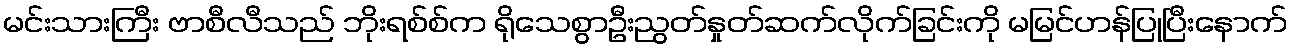
မင်းသားကြီး ဗာစီလီသည် ဘိုးရစ်စ်က ရိုသေစွာဦးညွတ်နှုတ်ဆက်လိုက်ခြင်းကို မမြင်ဟန်ပြုပြီးနောက်